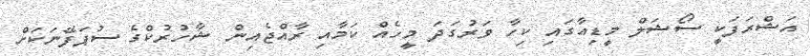
އަޝްރަފަކީ ސޯޝަލް މީޑިއާގައި ކިހާ ވަރުގަދަ މީހެއް ކަމާއި ރާއްޖެއިން ޝާހުރުކްގެ ސުޕަފޭނަކަށް